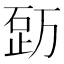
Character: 𥒿